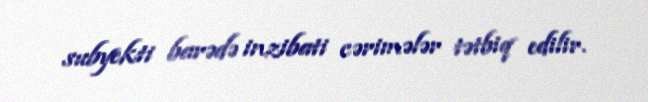
subyekti barədə inzibati cərimələr tətbiq edilir.